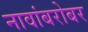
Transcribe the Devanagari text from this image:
नावांबरोबर